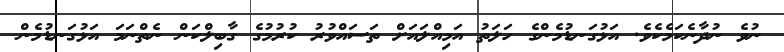
ނުވެ ނުދާނެކަމެކެވެ. އަޅުގަނޑުމެންގެ ހަލަތު އަމިއްލައަށް ތަސައްވުރު ކުރުމުގެ ގާބިލްކަން ނެތްނަމަ އަޅުގަނޑުމެން